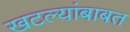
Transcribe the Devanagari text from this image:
खटल्यांबाबत